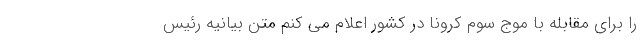
را برای مقابله با موج سوم کرونا در کشور اعلام می کنم متن بیانیه رئیس